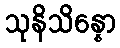
သုနိသိန္နော